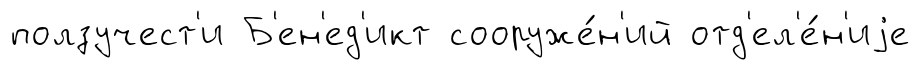
ползучест'и Б'ен'ед'икт сооруже́н'ий отд'ел'е́н'иjе